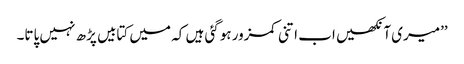
’’میری آنکھیں اب اتنی کمزور ہوگئی ہیں کہ میں کتابیں پڑھ نہیں پاتا۔